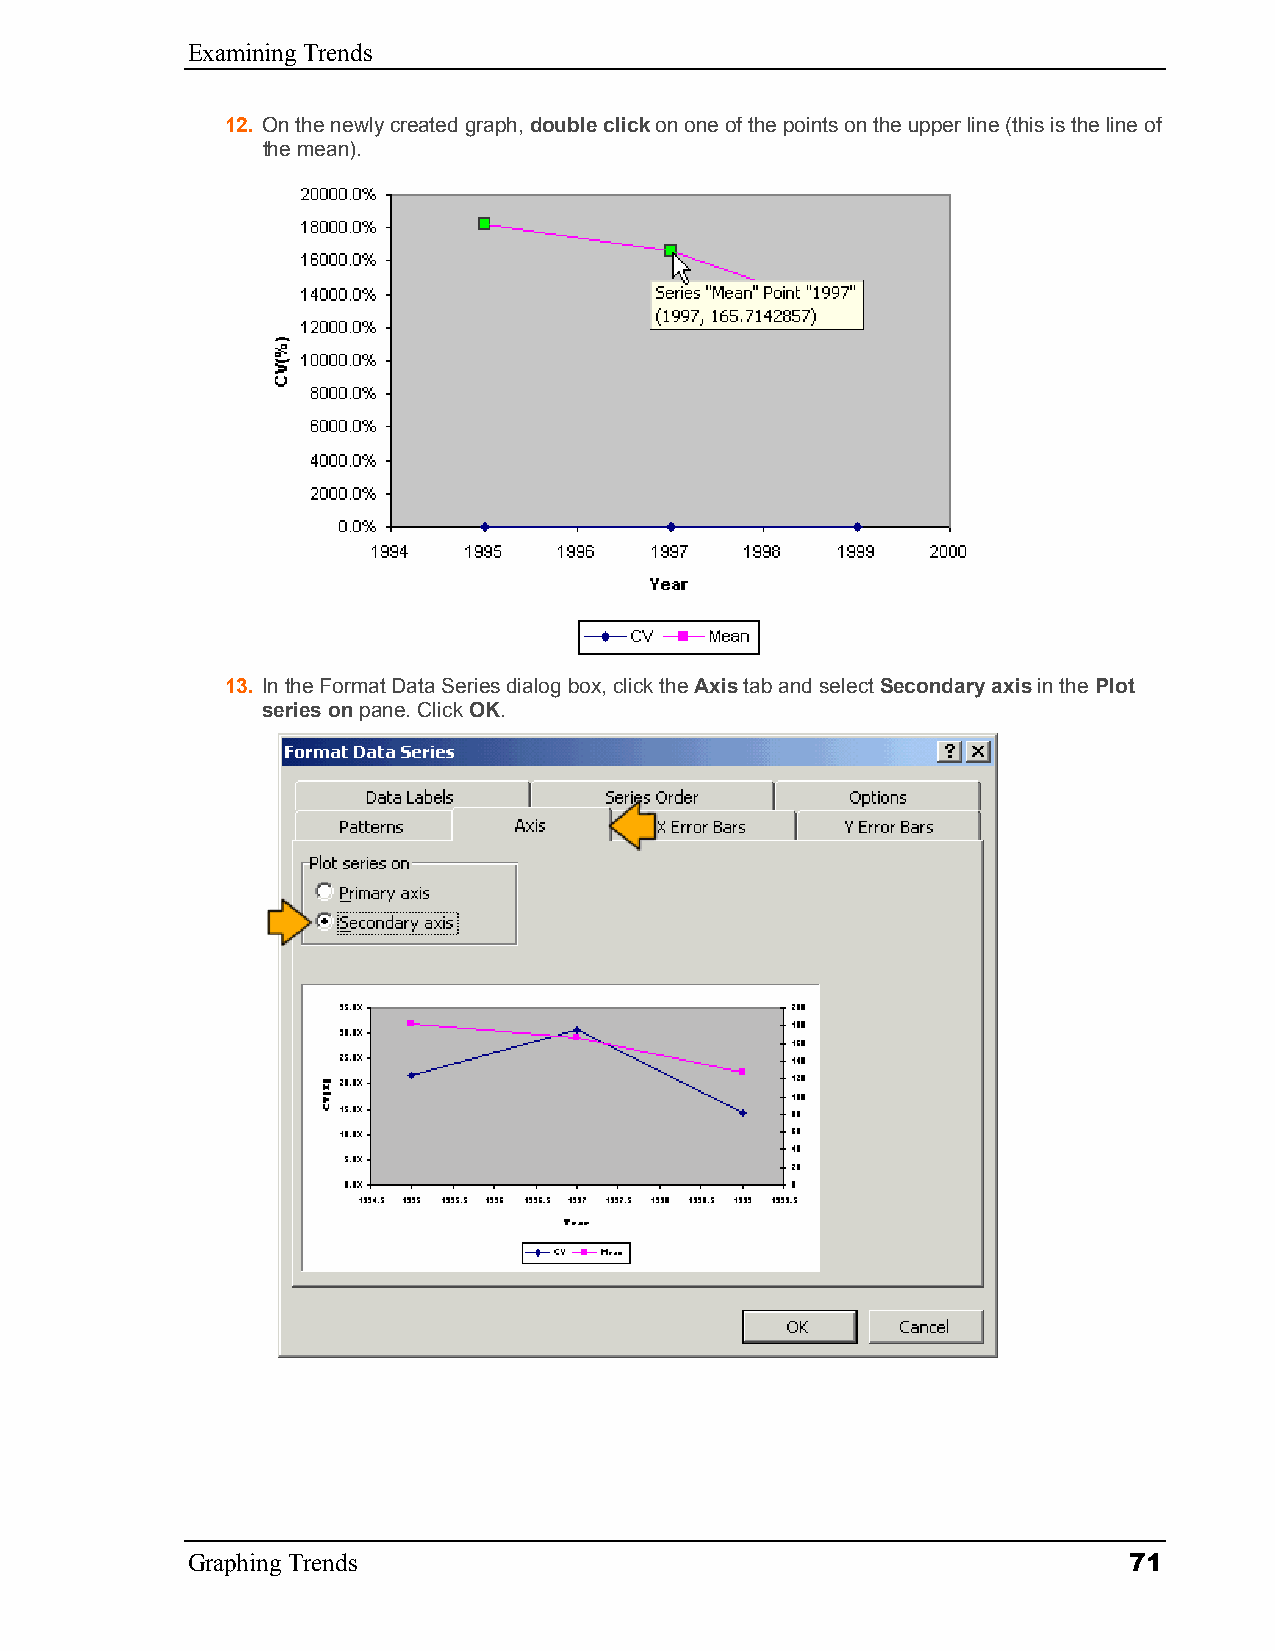
Examining Trends
 12. On the newly created graph, double click on one of the points on the upper line (this is the line of
 the mean).
 13. In the Format Data Series dialog box, click the Axis tab and select Secondary axis in the Plot
 series on pane. Click OK.
 Graphing Trends                                                71